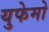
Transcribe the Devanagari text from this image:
युफेमो